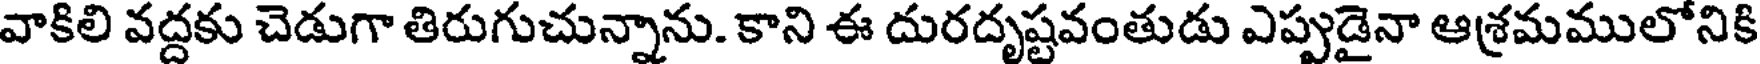
వాకిలి వద్దకు చెడుగా తిరుగుచున్నాను. కాని ఈ దురదృష్టవంతుడు ఎప్పుడైనా ఆశ్రమములోనికి